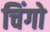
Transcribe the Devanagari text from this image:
चिंगो